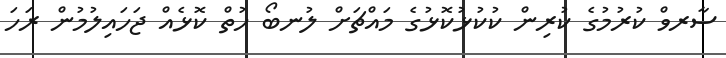
ސާރވް ކުރުމުގެ ކުރިން ކުކުޅުކޮޅުގެ މައްޗަށް ލުނބޯ ހުތް ކޮޅެއް ޖަހައިލުމުން ރަހަ